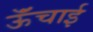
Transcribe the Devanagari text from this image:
ऊॅंचाई